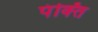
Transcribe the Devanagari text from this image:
पंक्‍ति